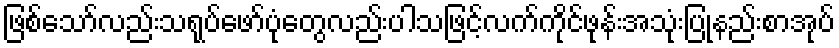
ဖြစ်သော်လည်းသရုပ်ဖော်ပုံတွေလည်းပါသဖြင့်လက်ကိုင်ဖုန်းအသုံးပြုနည်းစာအုပ်